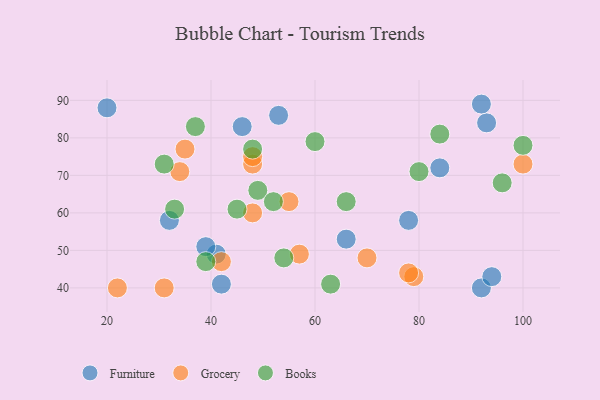
{"axis": {"x": "GDP", "y": "Life Expectancy"}, "legend": ["Books", "Furniture", "Grocery"], "data": [{"x": "66", "y": 53, "type": "Furniture"}, {"x": "78", "y": 58, "type": "Furniture"}, {"x": "41", "y": 49, "type": "Furniture"}, {"x": "46", "y": 83, "type": "Furniture"}, {"x": "93", "y": 84, "type": "Furniture"}, {"x": "20", "y": 88, "type": "Furniture"}, {"x": "39", "y": 51, "type": "Furniture"}, {"x": "92", "y": 40, "type": "Furniture"}, {"x": "53", "y": 86, "type": "Furniture"}, {"x": "32", "y": 58, "type": "Furniture"}, {"x": "92", "y": 89, "type": "Furniture"}, {"x": "94", "y": 43, "type": "Furniture"}, {"x": "84", "y": 72, "type": "Furniture"}, {"x": "42", "y": 41, "type": "Furniture"}, {"x": "42", "y": 47, "type": "Grocery"}, {"x": "35", "y": 77, "type": "Grocery"}, {"x": "100", "y": 73, "type": "Grocery"}, {"x": "79", "y": 43, "type": "Grocery"}, {"x": "48", "y": 73, "type": "Grocery"}, {"x": "22", "y": 40, "type": "Grocery"}, {"x": "57", "y": 49, "type": "Grocery"}, {"x": "78", "y": 44, "type": "Grocery"}, {"x": "34", "y": 71, "type": "Grocery"}, {"x": "70", "y": 48, "type": "Grocery"}, {"x": "48", "y": 75, "type": "Grocery"}, {"x": "31", "y": 40, "type": "Grocery"}, {"x": "48", "y": 60, "type": "Grocery"}, {"x": "55", "y": 63, "type": "Grocery"}, {"x": "39", "y": 47, "type": "Books"}, {"x": "33", "y": 61, "type": "Books"}, {"x": "31", "y": 73, "type": "Books"}, {"x": "60", "y": 79, "type": "Books"}, {"x": "66", "y": 63, "type": "Books"}, {"x": "54", "y": 48, "type": "Books"}, {"x": "84", "y": 81, "type": "Books"}, {"x": "96", "y": 68, "type": "Books"}, {"x": "37", "y": 83, "type": "Books"}, {"x": "48", "y": 77, "type": "Books"}, {"x": "63", "y": 41, "type": "Books"}, {"x": "100", "y": 78, "type": "Books"}, {"x": "45", "y": 61, "type": "Books"}, {"x": "49", "y": 66, "type": "Books"}, {"x": "80", "y": 71, "type": "Books"}, {"x": "52", "y": 63, "type": "Books"}]}